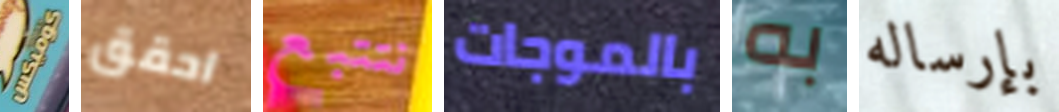
كوميكس احقق نتتبع بالموجات به بإرساله